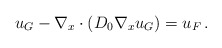
\begin{align*} u_G - \nabla_x\cdot (D_0\nabla_x u_G) = u_F \,.\end{align*}